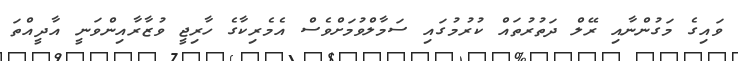
ވައިގެ މަގުންނާއި ރޭލް ދަތުރުތައް ކުރުމުގައި ސަމާލްވުމަށްވެސް އެމެރިކާގެ ހާރިޖީ ވުޒާރާއިންވަނީ އާދީއްތަ